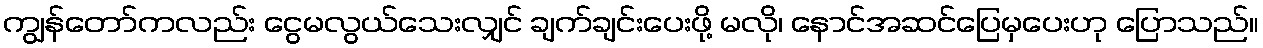
ကျွန်တော်ကလည်း ငွေမလွယ်သေးလျှင် ချက်ချင်းပေးဖို့ မလို၊ နောင်အဆင်ပြေမှပေးဟု ပြောသည်။